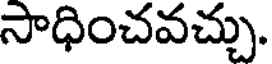
సాధించవచ్చు.